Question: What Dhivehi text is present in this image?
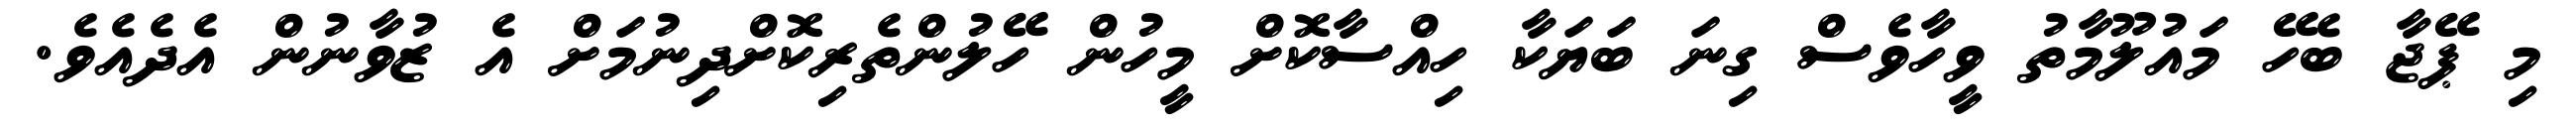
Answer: މި ޕޭޖާ ބެހޭ މައުލޫމާތު ވީހާވެސް ގިނަ ބަޔަކާ ހިއްސާކޮށް މީހުން ހޭލުންތެރިކޮށްދިނުމަށް އެ ޒުވާނުން އެދެއެވެ.